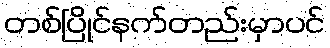
တစ်ပြိုင်နက်တည်းမှာပင်